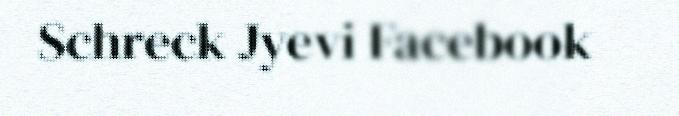
Schreck Jyevi Facebook